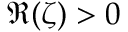
\Re ( \zeta ) > 0